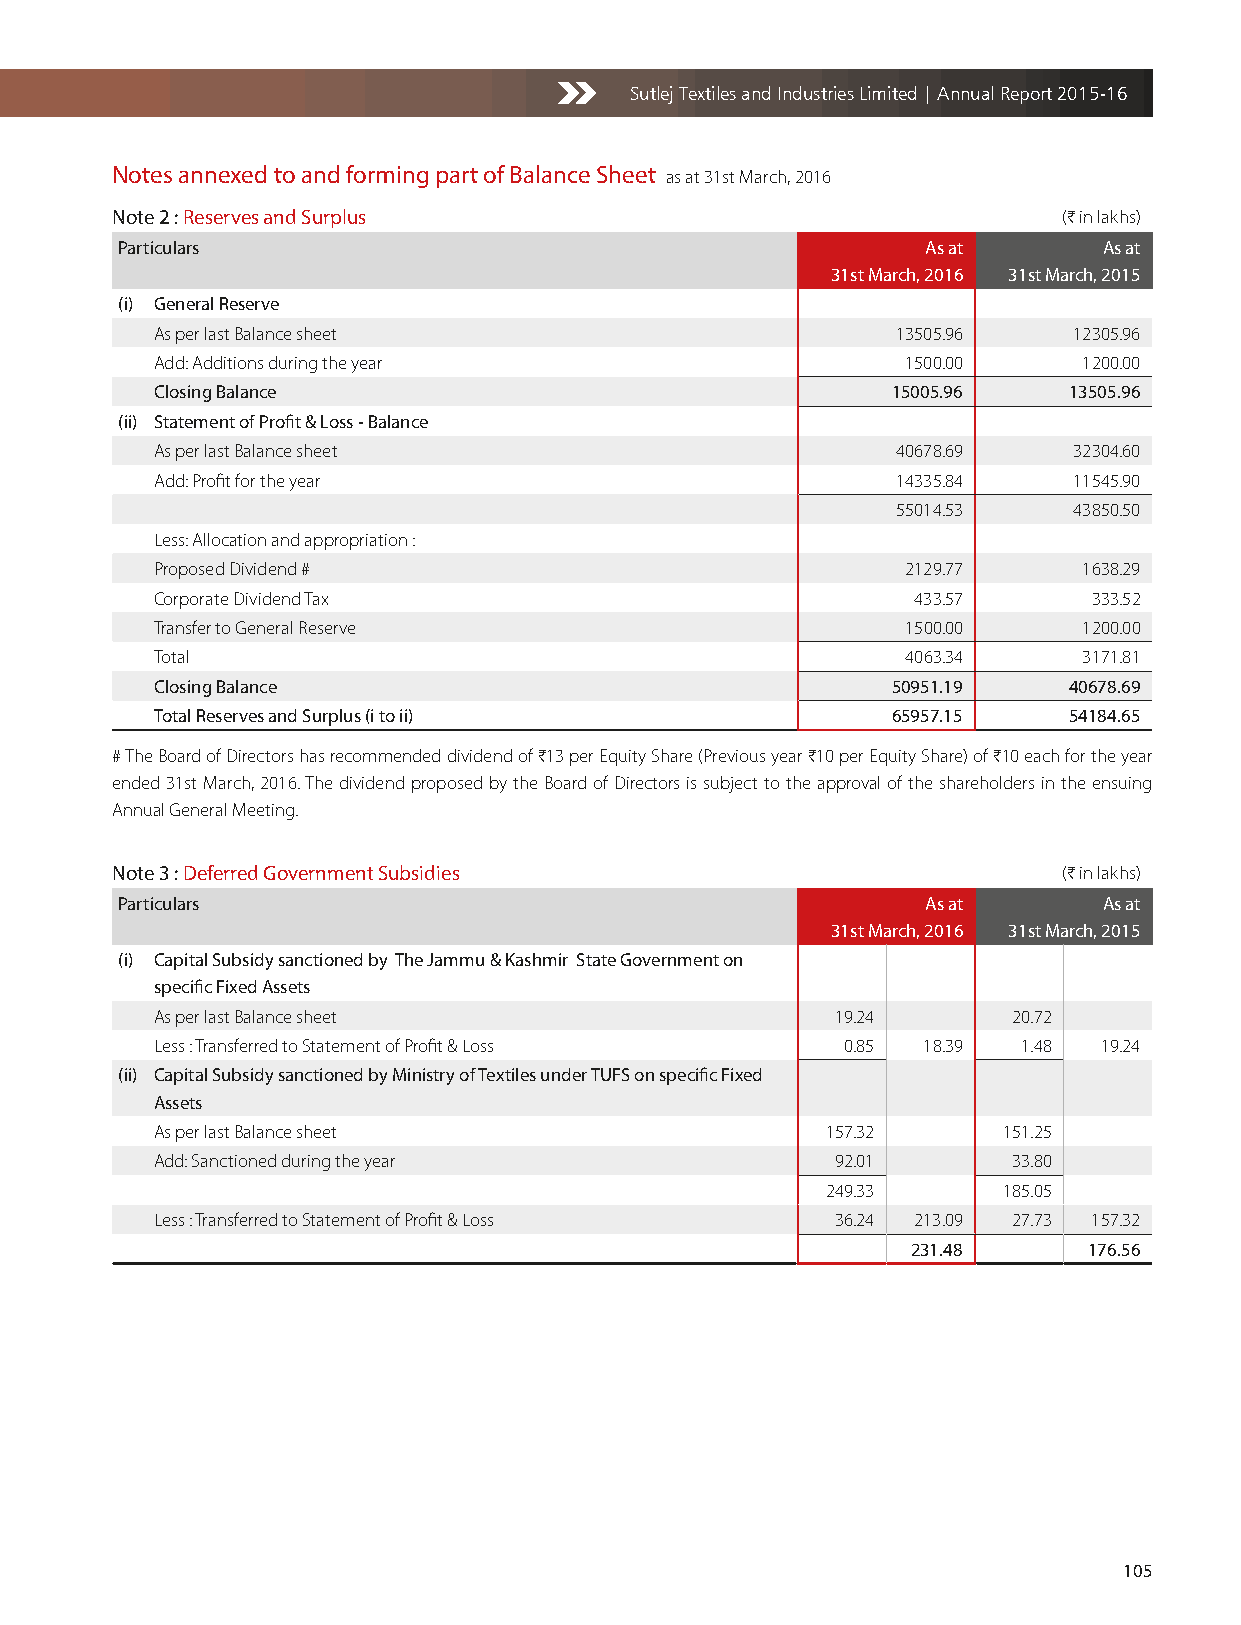
Sutlej Textiles and Industries Limited | Annual Report 2015-16
 Notes annexed to and forming part of Balance Sheet as at 31st March, 2016
 Note 2 : Reserves and Surplus                                  (H in lakhs)
 Particulars                                          As at       As at
 31st March, 2016 31st March, 2015
 (i) General Reserve
 As per last Balance sheet                        13505.96    12305.96
 Add: Additions during the year                    1500.00     1200.00
 Closing Balance                                  15005.96    13505.96
 (ii) Statement of Profit & Loss - Balance
 As per last Balance sheet                        40678.69    32304.60
 Add: Profit for the year                         14335.84    11545.90
 55014.53    43850.50
 Less: Allocation and appropriation :
 Proposed Dividend #                               2129.77     1638.29
 Corporate Dividend Tax                            433.57      333.52
 Transfer to General Reserve                       1500.00     1200.00
 Total                                             4063.34     3171.81
 Closing Balance                                  50951.19    40678.69
 Total Reserves and Surplus (i to ii)             65957.15    54184.65
 # The Board of Directors has recommended dividend of H13 per Equity Share (Previous year H10 per Equity Share) of H10 each for the year
 ended 31st March, 2016. The dividend proposed by the Board of Directors is subject to the approval of the shareholders in the ensuing
 Annual General Meeting.
 Note 3 : Deferred Government Subsidies                         (H in lakhs)
 Particulars                                          As at       As at
 31st March, 2016 31st March, 2015
 (i) Capital Subsidy sanctioned by The Jammu & Kashmir State Government on
 specific Fixed Assets
 As per last Balance sheet                    19.24       20.72
 Less : Transferred to Statement of Profit & Loss 0.85 18.39 1.48 19.24
 (ii) Capital Subsidy sanctioned by Ministry of Textiles under TUFS on specific Fixed
 Assets
 As per last Balance sheet                    157.32     151.25
 Add: Sanctioned during the year              92.01       33.80
 249.33     185.05
 Less : Transferred to Statement of Profit & Loss 36.24 213.09 27.73 157.32
 231.48      176.56
 105